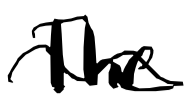
Text: The
Cross-out: wave
Writing tool: digital_black